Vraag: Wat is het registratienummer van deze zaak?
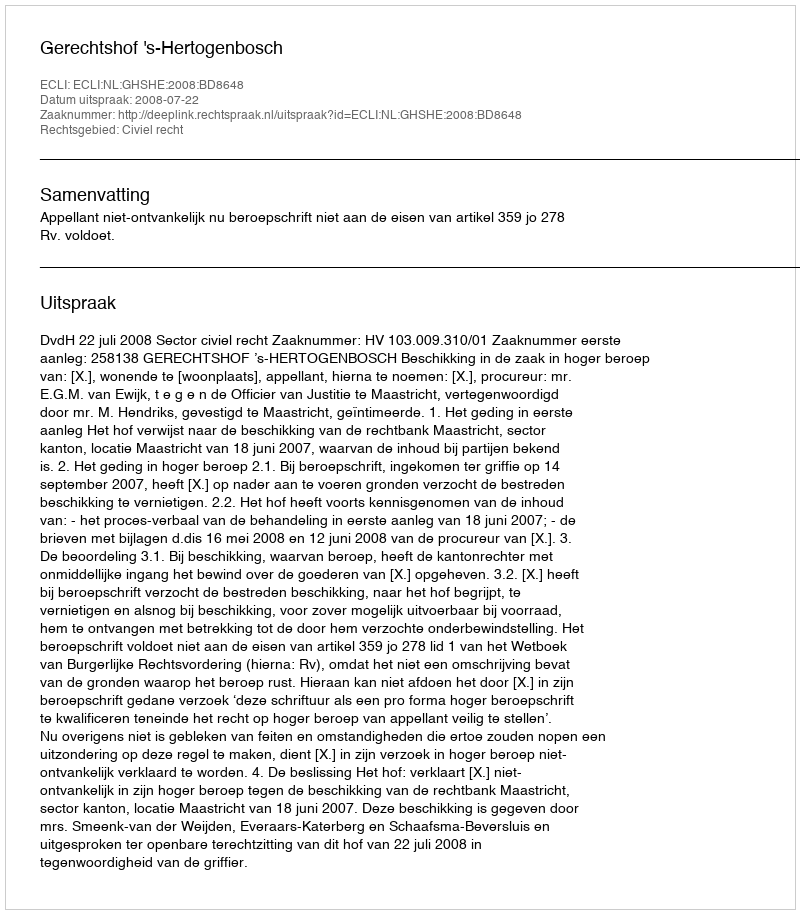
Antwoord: http://deeplink.rechtspraak.nl/uitspraak?id=ECLI:NL:GHSHE:2008:BD8648